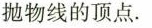
抛物线的顶点.